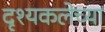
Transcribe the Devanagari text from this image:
दृश्यकलेच्या